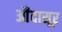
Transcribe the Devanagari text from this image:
औंदासूर